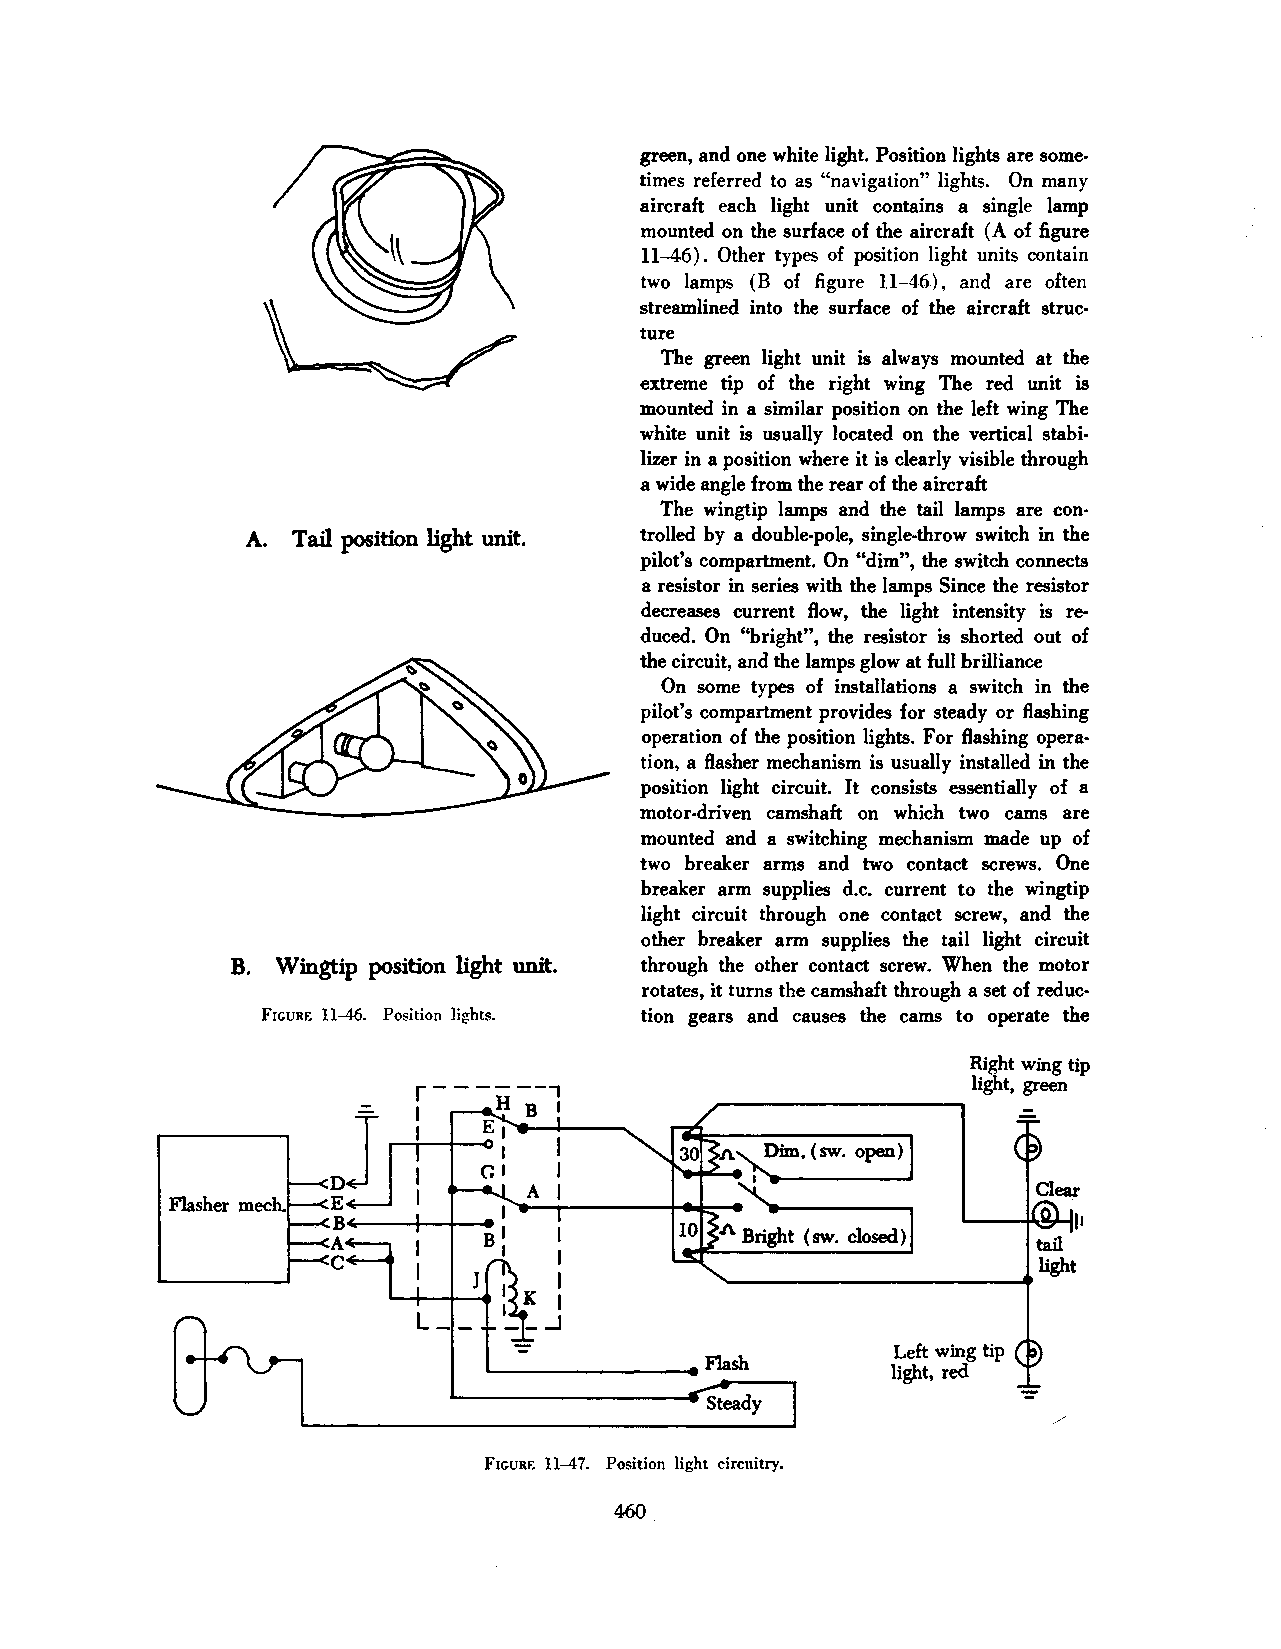
green, and one white light. Position lights are some
 times referred to as "navigation" lights. On many
 aircraft each light unit contains a single lamp
 mounted on the surface of the aircraft (A of figure
 11-46) . Other types of position light units contain
 two lamps (B of figure ll-46), and are often
 streamlined into the surface of the aircraft struc
 ture
 The green light unit is always mounted at the
 extreme tip of the right wing The red unit is
 mounted in a similar position on the left wing The
 white unit is usually located on the vertical stabi
 lizer in a position where it is clearly visible through
 a wide angle from the rear of the aircraft
 The wingtip lamps and the tail lamps are con
 A. Tail position light unit. trolled by a double-pole, single-throw switch in the
 pilot's compartment. On "dim", the switch connects
 a resistor in series with the lamps Since the resistor
 decreases current flow, the light intensity is re
 duced. On "bright", the resistor is shorted out of
 the circuit, and the lamps glow at full brilliance
 On some types of installations a switch in the
 pilot's compartment provides for steady or flashing
 operation of the position lights. For flashing opera
 tion, a flasher mechanism is usually installed in the
 position light circuit. It consists essentially of a
 motor-driven camshaft on which two cams are
 mounted and a switching mechanism made up of
 two breaker arms and two contact screws. One
 breaker arm supplies d.c. current to the wingtip
 light circuit through one contact screw, and the
 other breaker arm supplies the tail light circuit
 B. Wingtip position light unit. through the other contact screw. When the motor
 rotates, it turns the camshaft through a set of reduc
 FIGURE 11-46. Position lights. tion gears and causes the cams to operate the
 Right wing tip
 light, green
 J
 Flasher mech.
 tail
 '------------------------. light
 Left wing tip
 light, red
 FIGURE 11-47. Position light circuitry.
 460